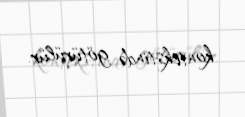
kontekstində götürülür.